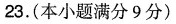
23.(本小题满分9分)